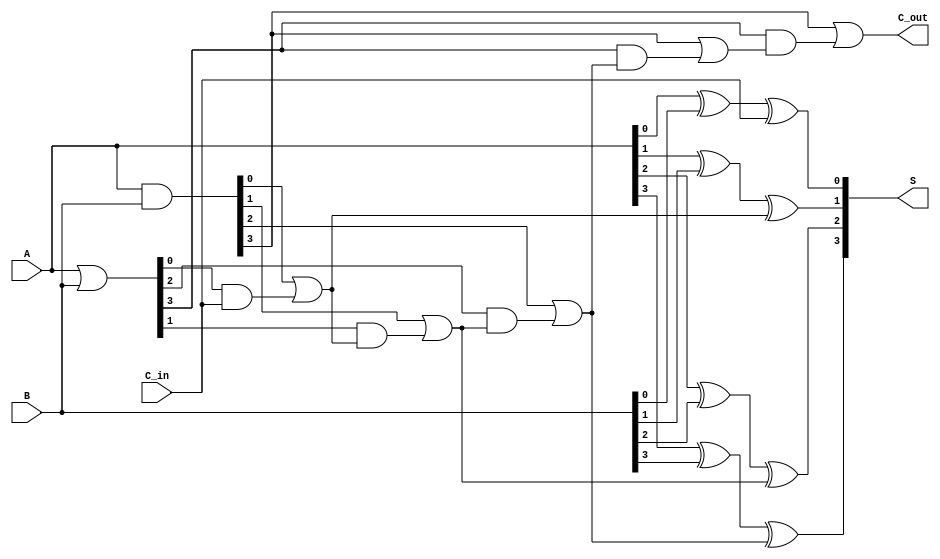
module HanCarlsonAdder #(parameter n = 4) (
    input  [n-1:0] A,       // First n-bit binary number
    input  [n-1:0] B,       // Second n-bit binary number
    input         C_in,     // Input carry
    output [n-1:0] S,       // Sum output
    output        C_out      // Output carry
);

    wire [n-1:0] G; // Generate signals
    wire [n-1:0] P; // Propagate signals
    wire [n:0] C;   // Carry signals (C[n] is the final carry out)

    // Generate and propagate logic
    assign G = A & B;        // Carry Generate
    assign P = A | B;        // Carry Propagate

    // Carry generation using carry-lookahead logic
    assign C[0] = G[0] | (P[0] & C_in);
    
    genvar i;
    generate
        for (i = 1; i < n; i = i + 1) begin : carry_gen
            assign C[i] = G[i] | (P[i] & C[i-1]);
        end
    endgenerate

    assign C[n] = G[n-1] | (P[n-1] & C[n-1]); // Final carry out

    // Sum calculation
    assign S[0] = A[0] ^ B[0] ^ C_in; // For the first bit
    generate
        for (i = 1; i < n; i = i + 1) begin : sum_calc
            assign S[i] = A[i] ^ B[i] ^ C[i-1]; // For subsequent bits
        end
    endgenerate

    assign C_out = C[n]; // Output carry

endmodule